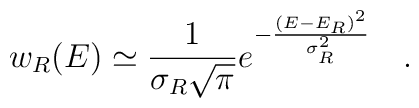
w_R(E)\simeq {1 \over {\sigma_R\sqrt{\pi} }}e^{-{(E-E_R)^2 \over \sigma^2_R}}~~~.